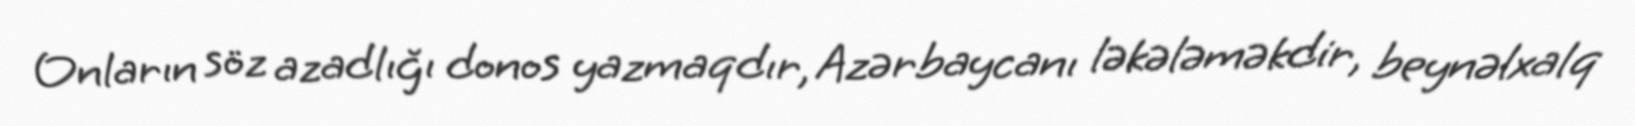
Onların söz azadlığı donos yazmaqdır, Azərbaycanı ləkələməkdir, beynəlxalq